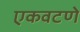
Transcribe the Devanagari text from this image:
एकवटणे